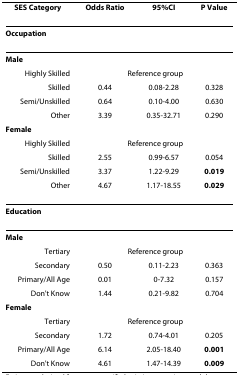
<table><thead><tr><td><b>SES Category</b></td><td><b>Odds Ratio</b></td><td><b>95%CI</b></td><td><b>P Value</b></td></tr></thead><tbody><tr><td colspan="4"><b>Occupation</b></td></tr><tr><td colspan="4"><b>Male</b></td></tr><tr><td>Highly Skilled</td><td colspan="3">Reference group</td></tr><tr><td>Skilled</td><td>0.44</td><td>0.08-2.28</td><td>0.328</td></tr><tr><td>Semi/Unskilled</td><td>0.64</td><td>0.10-4.00</td><td>0.630</td></tr><tr><td>Other</td><td>3.39</td><td>0.35-32.71</td><td>0.290</td></tr><tr><td><b>Female</b></td><td></td><td></td><td></td></tr><tr><td>Highly Skilled</td><td colspan="3">Reference group</td></tr><tr><td>Skilled</td><td>2.55</td><td>0.99-6.57</td><td>0.054</td></tr><tr><td>Semi/Unskilled</td><td>3.37</td><td>1.22-9.29</td><td><b>0.019</b></td></tr><tr><td>Other</td><td>4.67</td><td>1.17-18.55</td><td><b>0.029</b></td></tr><tr><td colspan="4"><b>Education</b></td></tr><tr><td colspan="4"><b>Male</b></td></tr><tr><td>Tertiary</td><td colspan="3">Reference group</td></tr><tr><td>Secondary</td><td>0.50</td><td>0.11-2.23</td><td>0.363</td></tr><tr><td>Primary/All Age</td><td>0.01</td><td>0-7.32</td><td>0.157</td></tr><tr><td>Don&#x27;t Know</td><td>1.44</td><td>0.21-9.82</td><td>0.704</td></tr><tr><td colspan="4"><b>Female</b></td></tr><tr><td>Tertiary</td><td colspan="3">Reference group</td></tr><tr><td>Secondary</td><td>1.72</td><td>0.74-4.01</td><td>0.205</td></tr><tr><td>Primary/All Age</td><td>6.14</td><td>2.05-18.40</td><td><b>0.001</b></td></tr><tr><td>Don&#x27;t Know</td><td>4.61</td><td>1.47-14.39</td><td><b>0.009</b></td></tr></tbody></table>